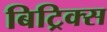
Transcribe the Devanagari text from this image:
बिट्रिक्स